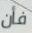
فأن